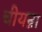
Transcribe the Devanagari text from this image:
चीयन्ना